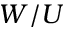
W / U